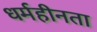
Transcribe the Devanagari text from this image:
धर्महीनता